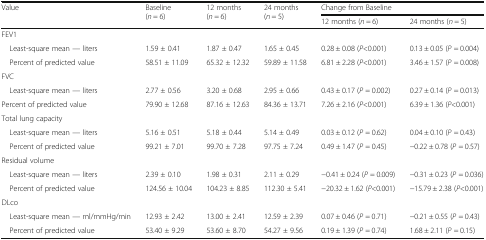
<table><thead><tr><td rowspan="2"><b>Value</b></td><td rowspan="2"><b>Baseline(<i>n</i> = 6)</b></td><td rowspan="2"><b>12 months(<i>n</i> = 6)</b></td><td rowspan="2"><b>24 months(<i>n</i> = 5)</b></td><td colspan="2"><b>Change from Baseline</b></td></tr><tr><td><b>12 months (<i>n</i> = 6)</b></td><td><b>24 months (<i>n</i> = 5)</b></td></tr></thead><tbody><tr><td colspan="6">FEV1</td></tr><tr><td> Least-square mean — liters</td><td>1.59 ± 0.41</td><td>1.87 ± 0.47</td><td>1.65 ± 0.45</td><td>0.28 ± 0.08 (<i>P</i>&lt;0.001)</td><td>0.13 ± 0.05 (<i>P</i> = 0.004)</td></tr><tr><td> Percent of predicted value</td><td>58.51 ± 11.09</td><td>65.32 ± 12.32</td><td>59.89 ± 11.58</td><td>6.81 ± 2.28 (<i>P</i>&lt;0.001)</td><td>3.46 ± 1.57 (<i>P</i> = 0.008)</td></tr><tr><td colspan="6">FVC</td></tr><tr><td> Least-square mean — liters</td><td>2.77 ± 0.56</td><td>3.20 ± 0.68</td><td>2.95 ± 0.66</td><td>0.43 ± 0.17 (<i>P</i> = 0.002)</td><td>0.27 ± 0.14 (<i>P</i> = 0.013)</td></tr><tr><td>Percent of predicted value</td><td>79.90 ± 12.68</td><td>87.16 ± 12.63</td><td>84.36 ± 13.71</td><td>7.26 ± 2.16 (<i>P</i>&lt;0.001)</td><td>6.39 ± 1.36 (<i>P</i>&lt;0.001)</td></tr><tr><td colspan="6">Total lung capacity</td></tr><tr><td> Least-square mean — liters</td><td>5.16 ± 0.51</td><td>5.18 ± 0.44</td><td>5.14 ± 0.49</td><td>0.03 ± 0.12 (<i>P</i> = 0.62)</td><td>0.04 ± 0.10 (<i>P</i> = 0.43)</td></tr><tr><td> Percent of predicted value</td><td>99.21 ± 7.01</td><td>99.70 ± 7.28</td><td>97.75 ± 7.24</td><td>0.49 ± 1.47 (<i>P</i> = 0.45)</td><td>−0.22 ± 0.78 (<i>P</i> = 0.57)</td></tr><tr><td colspan="6">Residual volume</td></tr><tr><td> Least-square mean — liters</td><td>2.39 ± 0.10</td><td>1.98 ± 0.31</td><td>2.11 ± 0.29</td><td>−0.41 ± 0.24 (<i>P</i> = 0.009)</td><td>−0.31 ± 0.23 (<i>P</i> = 0.036)</td></tr><tr><td> Percent of predicted value</td><td>124.56 ± 10.04</td><td>104.23 ± 8.85</td><td>112.30 ± 5.41</td><td>−20.32 ± 1.62 (<i>P</i>&lt;0.001)</td><td>−15.79 ± 2.38 (<i>P</i>&lt;0.001)</td></tr><tr><td colspan="6">DLco</td></tr><tr><td> Least-square mean — ml/mmHg/min</td><td>12.93 ± 2.42</td><td>13.00 ± 2.41</td><td>12.59 ± 2.39</td><td>0.07 ± 0.46 (<i>P</i> = 0.71)</td><td>−0.21 ± 0.55 (<i>P</i> = 0.43)</td></tr><tr><td> Percent of predicted value</td><td>53.40 ± 9.29</td><td>53.60 ± 8.70</td><td>54.27 ± 9.56</td><td>0.19 ± 1.39 (<i>P</i> = 0.74)</td><td>1.68 ± 2.11 (<i>P</i> = 0.15)</td></tr></tbody></table>